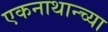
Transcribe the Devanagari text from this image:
एकनाथान्च्या